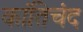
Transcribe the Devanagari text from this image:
कांतिचंद